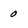
Character: 0